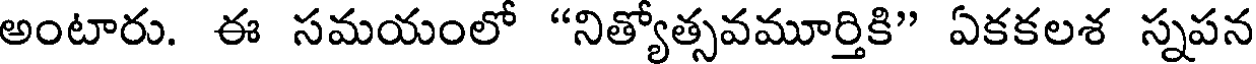
అంటారు. ఈ సమయంలో "నిత్యోత్సవమూర్తికి" ఏకకలశ స్నపన